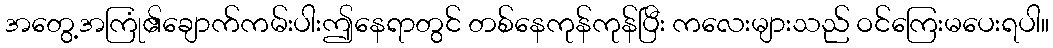
အတွေ့အကြုံ၏ချောက်ကမ်းပါးဤနေရာတွင် တစ်နေကုန်ကုန်ပြီး ကလေးများသည် ဝင်ကြေးမပေးရပါ။